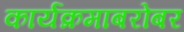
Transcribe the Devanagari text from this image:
कार्यक्रमाबरोबर